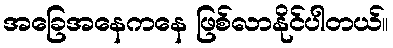
အခြေအနေကနေ ဖြစ်လာနိုင်ပါတယ်။